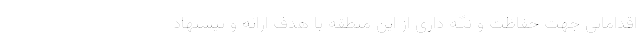
اقداماتی جهت حفاظت و نگه داری از این منطقه با هدف ارائه و پیشنهاد